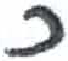
אות: כ